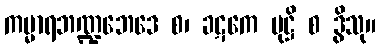
ကမ္မာရဘဏ္ဍဘေဒေ စ၊ ခဋကေ မုဋ္ဌိ စ ဒွိသု။